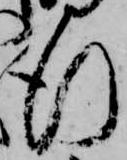
行